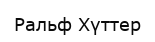
Ральф Хүттер